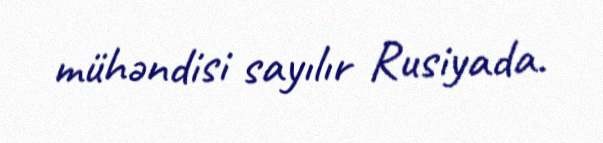
mühəndisi sayılır Rusiyada.